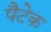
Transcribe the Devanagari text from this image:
पैटेक